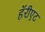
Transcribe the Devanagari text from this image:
हॅरीएट